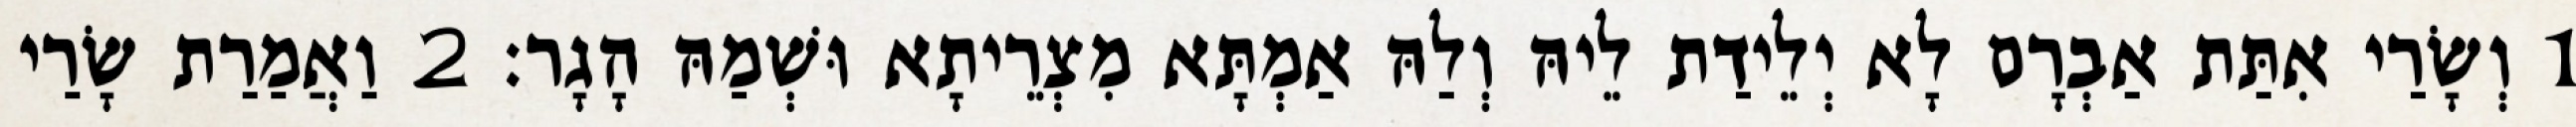
1 וְשָׂרַי אִתַּת אַבְרָם לָא יְלֵידַת לֵיהּ וְלַהּ אַמְתָּא מִצְרֵיתָא וּשְׁמַהּ הָגָר׃ 2 וַאֲמַרַת שָׂרַי